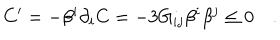
C ^ { \prime } = - \beta ^ { i } \partial _ { i } C = - 3 G _ { i j } \beta ^ { i } \beta ^ { j } \leq 0 \quad .